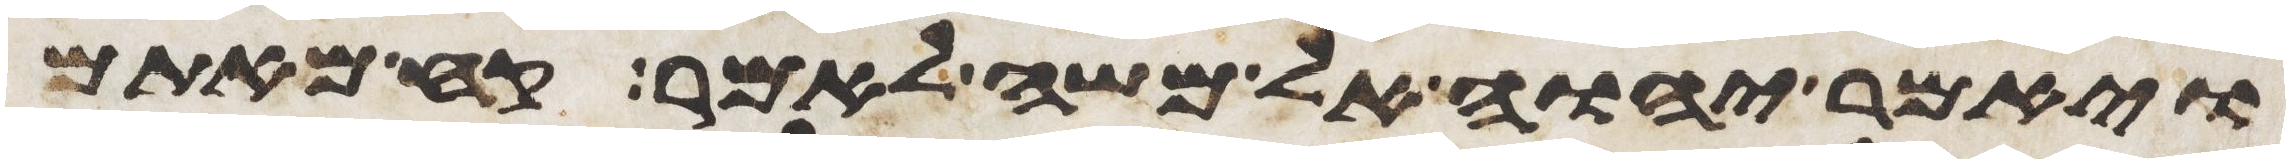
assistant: ויאמר יהוה אל משה לאמר קח מאתם